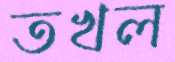
তখল